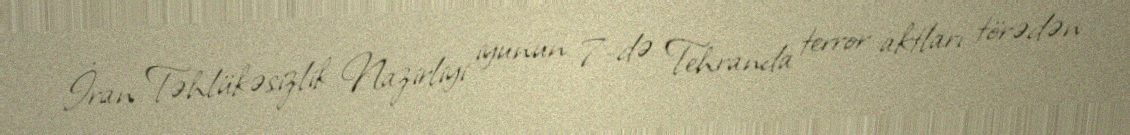
İran Təhlükəsizlik Nazirliyi iyunun 7-də Tehranda terror aktları törədən